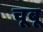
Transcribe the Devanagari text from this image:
चूबू